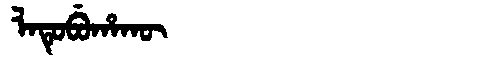
Manchu: ᠯᠠᡨᡠᠪᡠᡥᠠᡴᡡ
Romanization: LATUBUHAKŪ